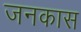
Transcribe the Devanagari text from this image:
जनकास